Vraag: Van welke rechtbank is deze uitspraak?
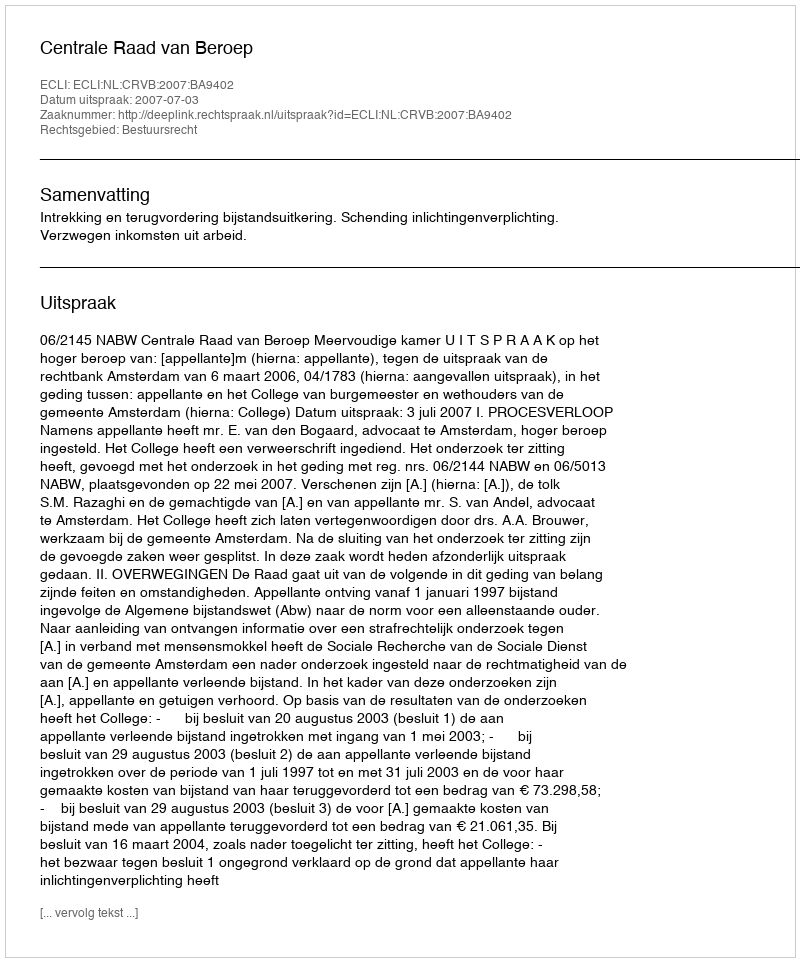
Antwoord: Centrale Raad van Beroep